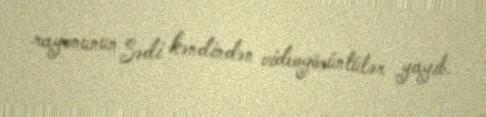
rayonunun Sədi kəndindən videogörüntülər yayıb.